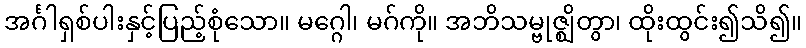
အင်္ဂါရှစ်ပါးနှင့်ပြည့်စုံသော။ မဂ္ဂေါ၊ မဂ်ကို။ အဘိသမ္ဗုဇ္ဈိတွာ၊ ထိုးထွင်း၍သိ၍။